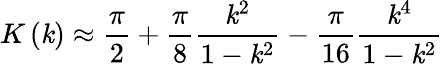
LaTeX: K\left(\mathit{k}\right)\approx{\frac{{\pi}}{{2}}}+{\frac{{\pi}}{{8}}}{\frac{{\mathit{k}^{2}}}{{1-\mathit{k}^{2}}}}-{\frac{{\pi}}{{16}}}{\frac{{\mathit{k}^{4}}}{{1-\mathit{k}^{2}}}}